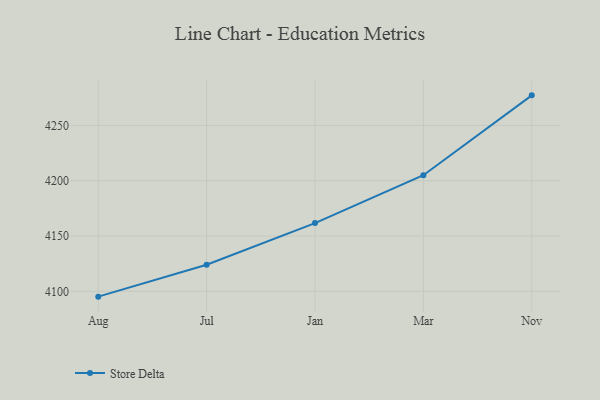
{"axis": {"x": "Month", "y": "Conversion Rate (%)"}, "legend": ["Store Delta"], "data": [{"x": "Aug", "y": 4095.2, "type": "Store Delta"}, {"x": "Jul", "y": 4124.0, "type": "Store Delta"}, {"x": "Jan", "y": 4161.7, "type": "Store Delta"}, {"x": "Mar", "y": 4205.0, "type": "Store Delta"}, {"x": "Nov", "y": 4277.2, "type": "Store Delta"}]}